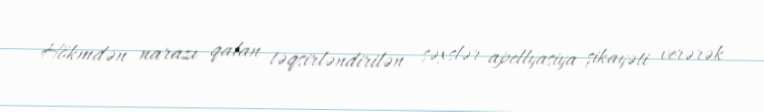
Hökmdən narazı qalan təqsirləndirilən şəxslər apellyasiya şikayəti verərək